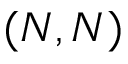
( N , N )